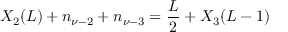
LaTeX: X _ { 2 } ( L ) + n _ { \nu - 2 } + n _ { \nu - 3 } = \frac { L } { 2 } + X _ { 3 } ( L - 1 )